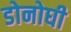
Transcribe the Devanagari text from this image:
डोनोघी